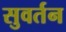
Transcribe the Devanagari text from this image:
सुवर्तन